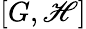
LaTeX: [G,\mathscr{H}]